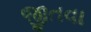
જીતવા